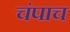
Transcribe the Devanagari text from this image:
चंपाच